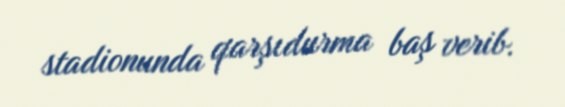
stadionunda qarşıdurma baş verib.